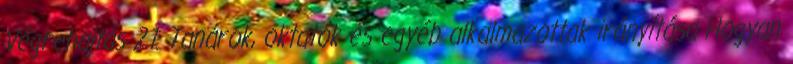
Végrehajtás 2.1. Tanárok, oktatók és egyéb alkalmazottak irányítása Hogyan